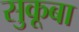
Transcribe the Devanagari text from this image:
सुकूबा